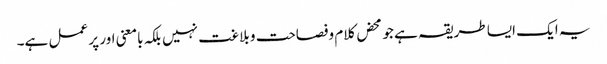
یہ ایک ایسا طریقہ ہے جو محض کلام وفصاحت و بلاغت نہیں بلکہ بامعنی اور پر عمل ہے۔